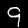
Label: 9